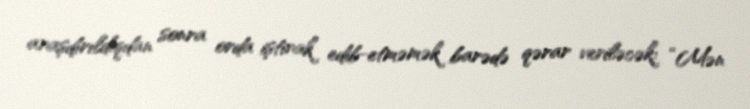
araşdırıldıqdan sonra orda iştirak edib-etməmək barədə qərar veriləcək: “Mən